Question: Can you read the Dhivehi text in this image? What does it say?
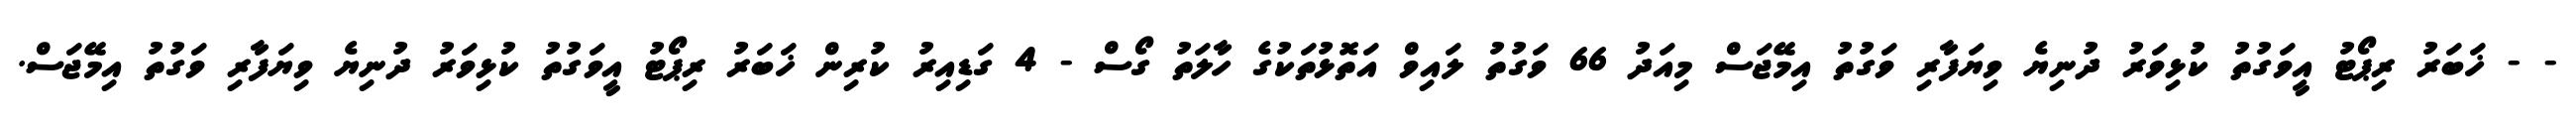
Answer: - - ޚަބަރު ރިޕޯޓު އީވަގުތު ކުޅިވަރު ދުނިޔެ ވިޔަފާރި ވަގުތު އިމޭޖަސް މިއަދު 66 ވަގުތު ލައިވް އަތޮޅުތަކުގެ ހާލަތު ގޯސް - 4 ގަޑިއިރު ކުރިން ޚަބަރު ރިޕޯޓު އީވަގުތު ކުޅިވަރު ދުނިޔެ ވިޔަފާރި ވަގުތު އިމޭޖަސް.